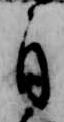
自